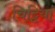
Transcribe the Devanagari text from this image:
चिट्टियां